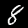
Digit: 8